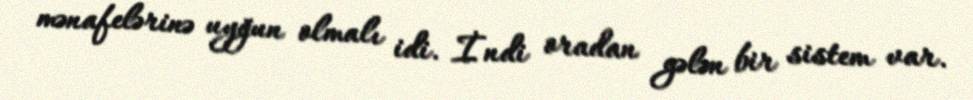
mənafelərinə uyğun olmalı idi. İndi oradan gələn bir sistem var.